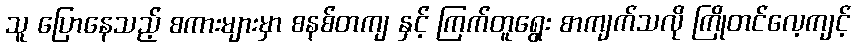
သူ ပြောနေသည့် စကားများမှာ စနစ်တကျ နှင့် ကြက်တူရွေး စာကျက်သလို ကြိုတင်လေ့ကျင့်